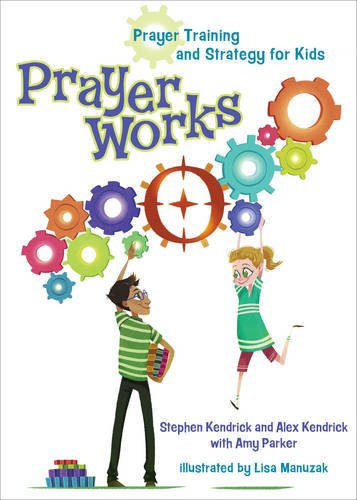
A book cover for PrayerWorks: Prayer Strategy and Training for Kids; Stephen Kendrick; Christian Books & Bibles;